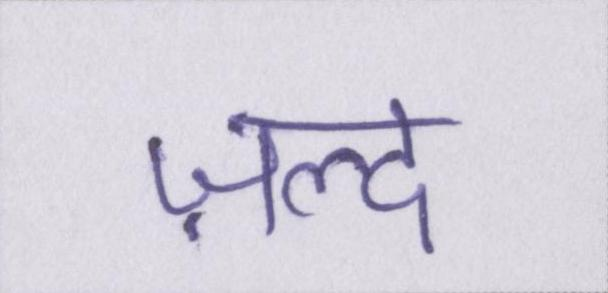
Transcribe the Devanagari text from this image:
ज़ल्द